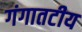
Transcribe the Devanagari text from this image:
गंगातटीय